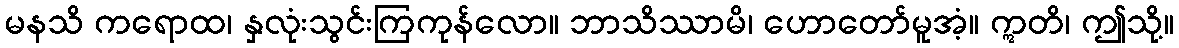
မနသိ ကရောထ၊ နှလုံးသွင်းကြကုန်လော။ ဘာသိဿာမိ၊ ဟောတော်မူအံ့။ ဣတိ၊ ဤသို့။